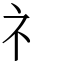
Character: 礻